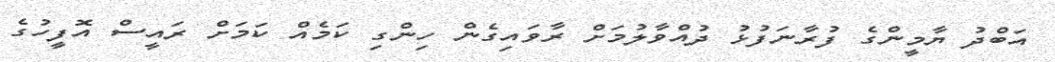
އަބްދު ޔާމީންގެ ފުރާނަފުޅު ދުއްވާލުމަށް ރާވައިގެން ހިންގި ކަމެއް ކަމަށް ރައީސް އޮފީހުގެ